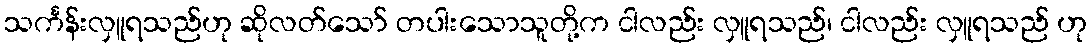
သင်္ကန်းလှူရသည်ဟု ဆိုလတ်သော် တပါးသောသူတို့က ငါလည်း လှူရသည်၊ ငါလည်း လှူရသည် ဟု